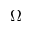
\Omega